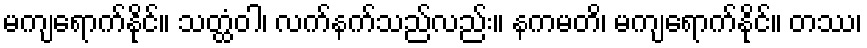
မကျရောက်နိုင်။ သတ္ထံဝါ၊ လက်နက်သည်လည်း။ နကမတိ၊ မကျရောက်နိုင်။ တဿ၊